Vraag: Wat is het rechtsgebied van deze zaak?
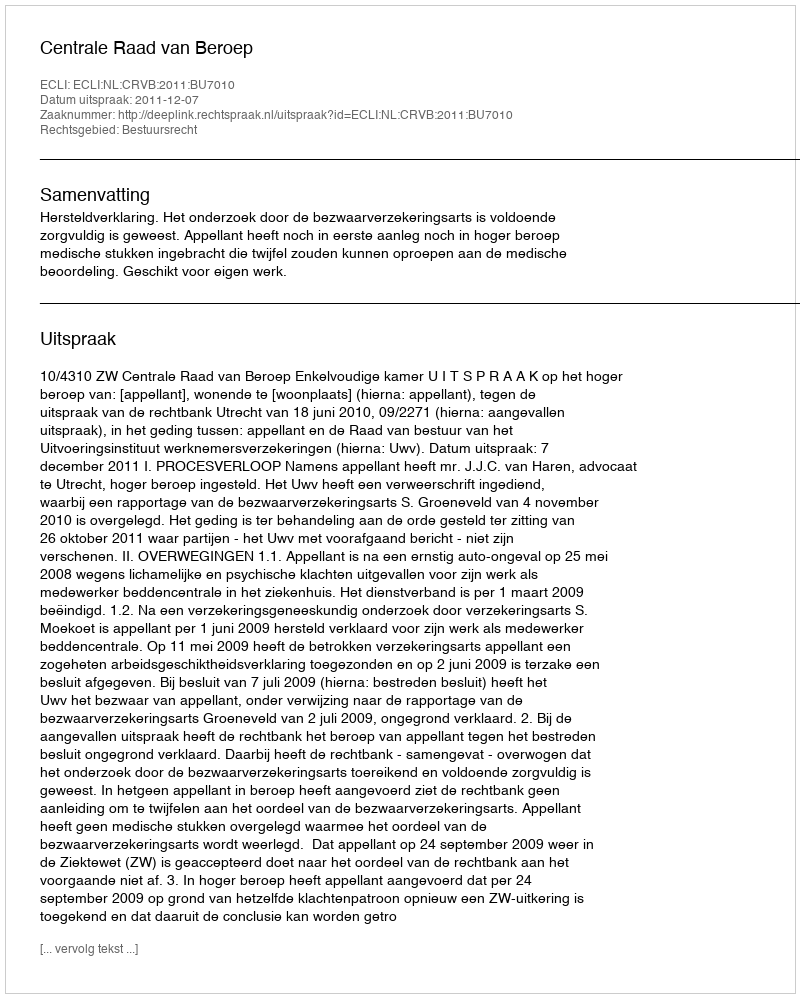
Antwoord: Bestuursrecht